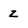
Character: z